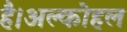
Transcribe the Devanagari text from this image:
है।अल्कोहल